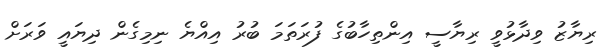
ރިޔާޒު ވިދާޅުވީ ރިޔާސީ އިންތިހާބުގެ ފުރަތަމަ ބުރު އިއްޔެ ނިމިގެން ދިޔައީ ވަރަށް